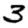
Digit: 3